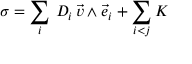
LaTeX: \sigma = \sum _ { i } \, { \cal D } _ { i } \, { \vec { v } } \wedge { \vec { e } } _ { i } + \sum _ { i < j } { \cal K }